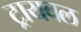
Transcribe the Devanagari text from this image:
ट्रायबल